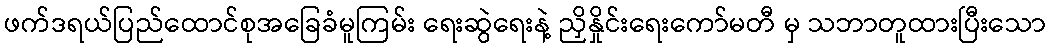
ဖက်ဒရယ်ပြည်ထောင်စုအခြေခံမူကြမ်း ရေးဆွဲရေးနဲ့ ညှိနှိုင်းရေးကော်မတီ မှ သဘာတူထားပြီးသော